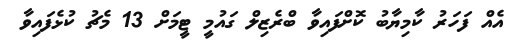
އެއް ފަހަރު ކާމިޔާބު ކޮށްފައިވާ ބްރެޒިލް ގައުމީ ޓީމަށް 13 މެޗު ކުޅެފައިވާ